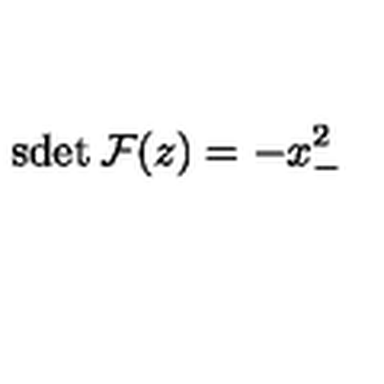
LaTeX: \mathrm { s d e t } \: { \cal F } ( z ) = - x _ { - } ^ { 2 }